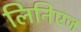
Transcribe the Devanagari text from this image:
लिनिएज